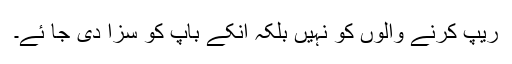
ریپ کرنے والوں کو نہیں بلکہ انکے باپ کو سزا دی جا ئے۔